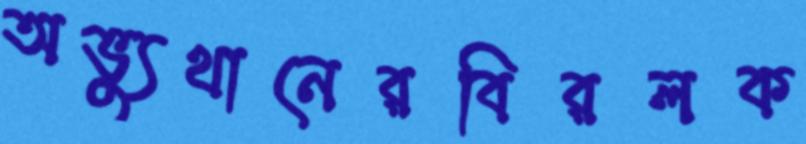
অভ্যুথানেরবিরলক